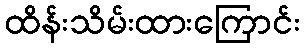
ထိန်းသိမ်းထားကြောင်း